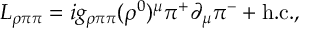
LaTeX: { \cal L } _ { \rho \pi \pi } = i g _ { \rho \pi \pi } ( \rho ^ { 0 } ) ^ { \mu } \pi ^ { + } \partial _ { \mu } \pi ^ { - } + \mathrm { h . c . } ,